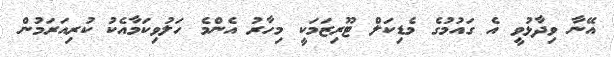
އޭނާ ވިދާޅުވީ އެ ގައުމުގެ މެޑިކަލް ޓޫރިޒަމަކީ މިހާރު އެންމެ ހަލުވިކަމާއެކު ކުރިއަރަމުން